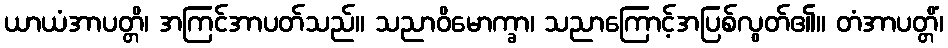
ယာယံအာပတ္တိ၊ အကြင်အာပတ်သည်။ သညာဝိမောက္ခာ၊ သညာကြောင့်အပြစ်လွတ်၏။ တံအာပတ္တိံ၊